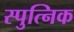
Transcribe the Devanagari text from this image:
स्पुत्निक